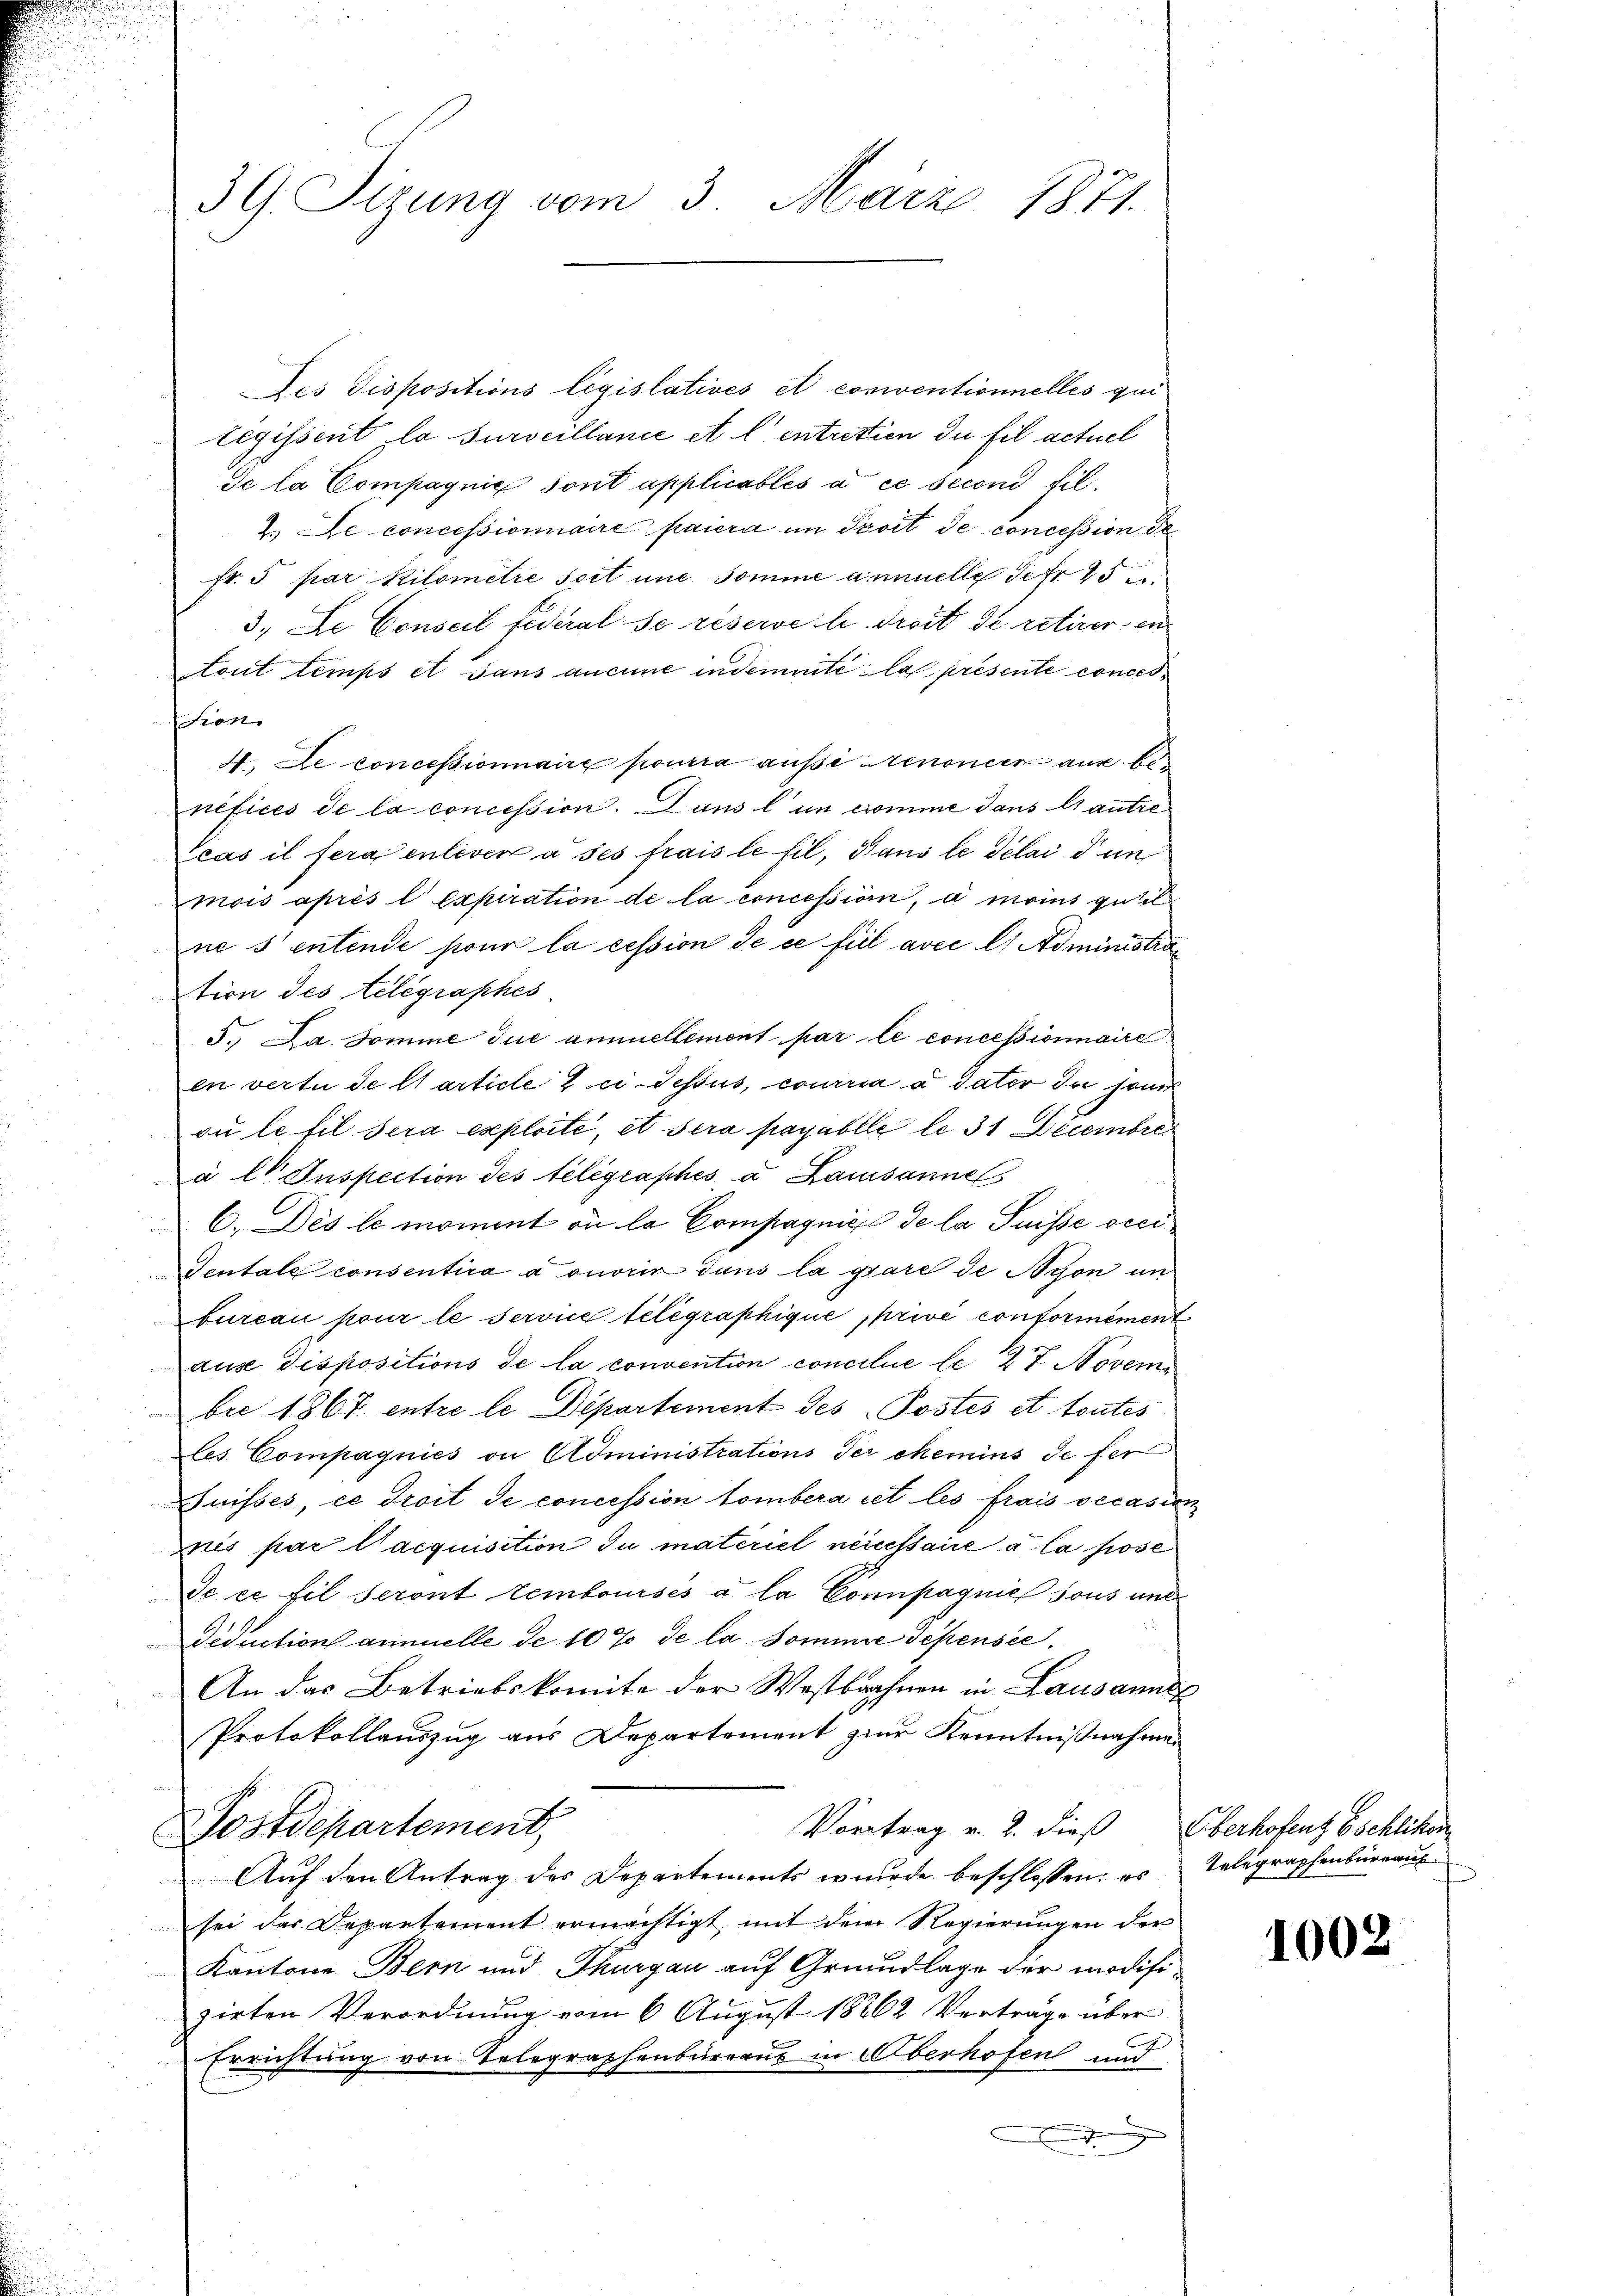
3G. Sizung vom 3. März 1871.

Les dispositions législatives et conventionnelles qui
Legissent la surveillance et l’entrittien du fil actuel
de la Compagnie sont applicables à ce second fil.
7. Le concessionnaire paiera im Troit de concession de
fr. 5 par Kilometre soit une somme annuelle Gefr 45 u.
3., De Conseil fédéral se reserve le Trost de retirer in
tout temps et sans aucune indemnité la presente conces
sion
4. Le concessionnaire pourra ausse Stenoncer aus benéfices de la concession. Dans l’un comme dans autre
Scas il fera enlever à ses frais le fil, Pans le délai d un
mois après l’expiration de la concession, à moins gutel
ne 5 entende pour la cession de ce fiel avec l, Administra
tion des telegraphes
5., Da. Somme due annuellement par le concessionnaire
en vertu de Clarticle ci-dessus, courra à dater du jour
ou le fil sera exploité, et sera payabile le 31 Decembre
à l Inspection des telegraphes a Lausanne
C. Des le moment ou la Compagnies de la Puisse veci¬
Tentale consentira a ouvrir dans la gare de Nyon un
bureau pour le Service telegraphique privé conformément
ause dispositions de la convention concilie le 27 Novem
bii 1867 entre le Departement des Postes et toutes
les Compagnies an Administrations der chemins de fer
Juisses, ce droit de concession tombera cet les frais occasion
dnis par acquisition du materiel neccessaire à la pose
Je ce fil seront remboursés à la Connpagnie sous unt
Deduction annuelle de 10% de la Somme dépensée
An das Betriebskomite der Westbahnen in Lausanne
Protokollauszug aus Departement zur Kenntnißnahmen
Vortrag v. 2. dieß Oberhofenz bschlikon
Postdepartement,
Auf den Antrag des Departements wurde beschlossen: es
sei das Departement ermächtigt mit dem Regierungen der
Kantone Bern und Thurgau auf Grundlage der modifizirten Verordnung vom 6 August 18262 Verträge über
Errichtung von Telegraphenbureaus in Überhofen und
.

Telegraphenburgau.

1002